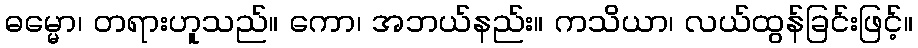
ဓမ္မော၊ တရားဟူသည်။ ကော၊ အဘယ်နည်း။ ကသိယာ၊ လယ်ထွန်ခြင်းဖြင့်။